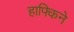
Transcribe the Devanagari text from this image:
हाफ्किने